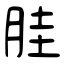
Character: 胿